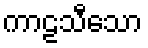
ကာဠသီသော